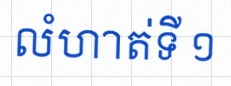
លំហាត់ទី ១